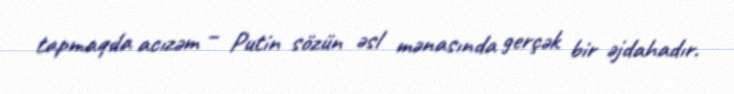
tapmaqda acızəm – Putin sözün əsl mənasında gerçək bir əjdahadır.